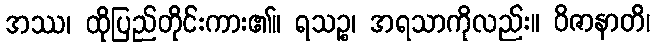
အဿ၊ ထိုပြည်တိုင်းကား၏။ ရသဉ္စ၊ အရသာကိုလည်း။ ဝိဇာနာတိ၊